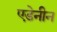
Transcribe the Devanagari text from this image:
एडेनीन